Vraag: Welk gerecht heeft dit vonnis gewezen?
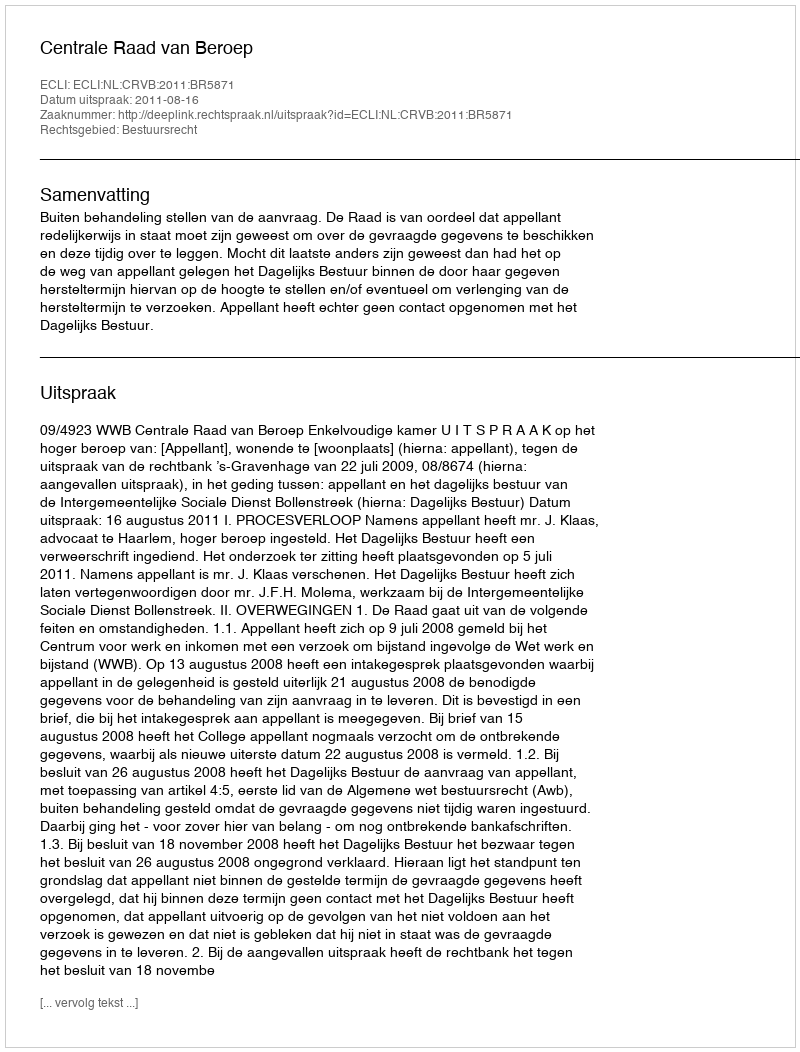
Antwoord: Centrale Raad van Beroep